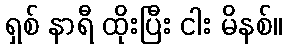
ရှစ် နာရီ ထိုးပြီး ငါး မိနစ်။